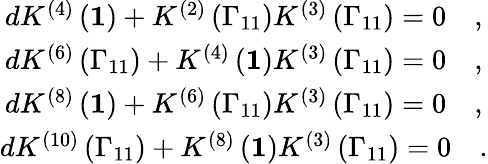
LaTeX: \begin{array}{c}{{dK^{\left(4\right)}\left({\mathbf 1}\right)+K^{\left(2\right)}\left(\Gamma_{11}\right)K^{\left(3\right)}\left(\Gamma_{11}\right)=0\quad,}}\\ {{dK^{\left(6\right)}\left(\Gamma_{11}\right)+K^{\left(4\right)}\left({\mathbf 1}\right)K^{\left(3\right)}\left(\Gamma_{11}\right)=0\quad,}}\\ {{dK^{\left(8\right)}\left({\mathbf 1}\right)+K^{\left(6\right)}\left(\Gamma_{11}\right)K^{\left(3\right)}\left(\Gamma_{11}\right)=0\quad,}}\\ {{dK^{\left(10\right)}\left(\Gamma_{11}\right)+K^{\left(8\right)}\left({\mathbf 1}\right)K^{\left(3\right)}\left(\Gamma_{11}\right)=0\quad.}}\end{array}